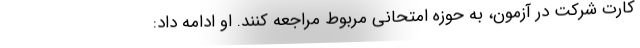
کارت شرکت در آزمون، به حوزه امتحانی مربوط مراجعه کنند. او ادامه داد: